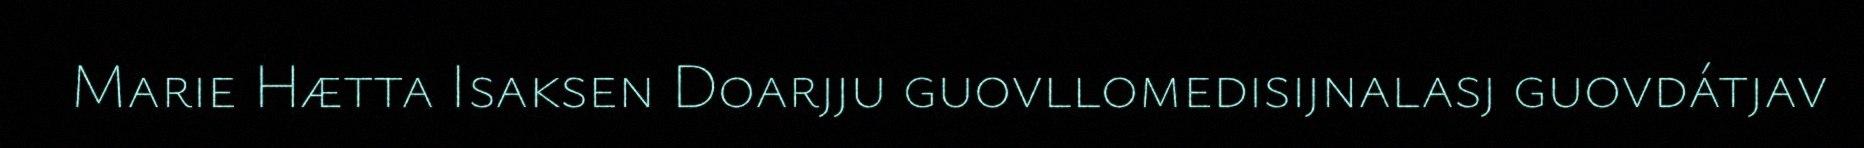
Marie Hætta Isaksen Doarjju guovllomedisijnalasj guovdátjav